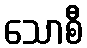
သောစီ